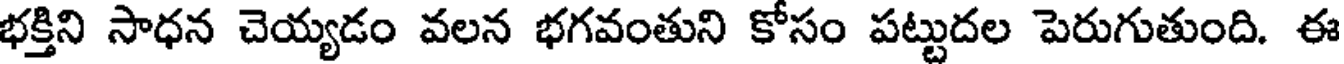
భక్తిని సాధన చెయ్యడం వలన భగవంతుని కోసం పట్టుదల పెరుగుతుంది. ఈ